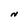
Character: N